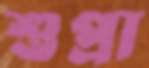
শুপ্রা